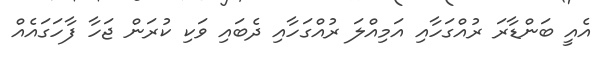
އެއީ ބަންޑާރަ ރުއްގަހާއި އަމިއްލަ ރުއްގަހާއި ދެބައި ވަކި ކުރަން ޖަހާ ފާހަގައެއް